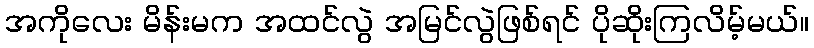
အကိုလေး မိန်းမက အထင်လွဲ အမြင်လွဲဖြစ်ရင် ပိုဆိုးကြလိမ့်မယ်။